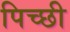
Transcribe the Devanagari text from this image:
पिच्छी